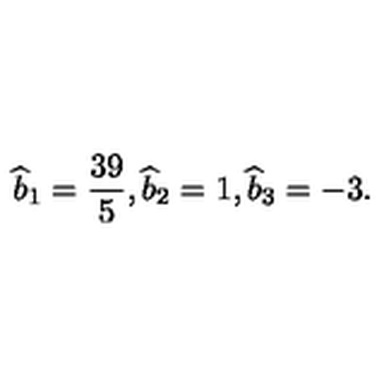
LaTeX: { \widehat b } _ { 1 } = { \frac { 3 9 } { 5 } } , { \widehat b } _ { 2 } = 1 , { \widehat b } _ { 3 } = - 3 .